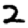
Digit: 2